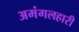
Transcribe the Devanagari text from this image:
अमंगलहारी